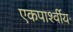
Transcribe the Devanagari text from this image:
एकपार्श्वीय